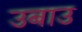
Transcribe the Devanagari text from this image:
उबाउ